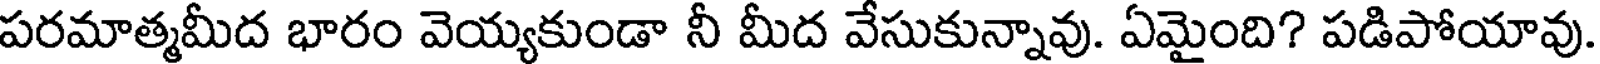
పరమాత్మమీద భారం వెయ్యకుండా నీ మీద వేసుకున్నావు. ఏమైంది? పడిపోయావు